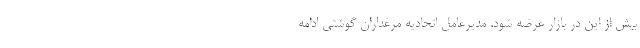
بیش از این در بازار عرضه شود. مدیرعامل اتحادیه مرغداران گوشتی ادامه